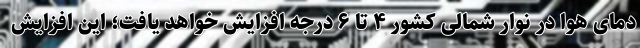
دمای هوا در نوار شمالی کشور ۴ تا ۶ درجه افزایش خواهد یافت؛ این افزایش